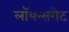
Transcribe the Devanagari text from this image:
लॉयन्सगेट